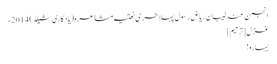
انجمن عندلیبانِ ریاضِ رسول پہلا طرحی نعتیہ مشاعرہ(یادگاری شیلڈ) 2014ء
غزل[ترمیم]
بہارو!